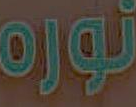
نوره